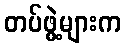
တပ်ဖွဲ့များက